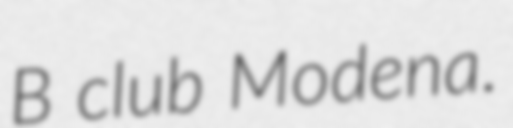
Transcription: B club Modena.